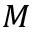
M